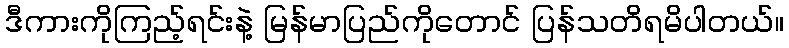
ဒီကားကိုကြည့်ရင်းနဲ့ မြန်မာပြည်ကိုတောင် ပြန်သတိရမိပါတယ်။